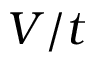
V / t